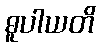
ဓူပါယတိ